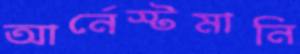
আর্নেস্টমানি